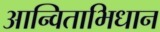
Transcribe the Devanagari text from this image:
आन्विताभिधान